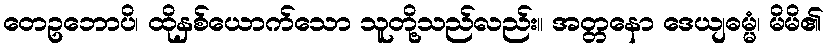
တေဥဘောပိ၊ ထိုနှစ်ယောက်သော သူတို့သည်လည်း။ အတ္တနော ဒေယျဓမ္မံ၊ မိမိ၏